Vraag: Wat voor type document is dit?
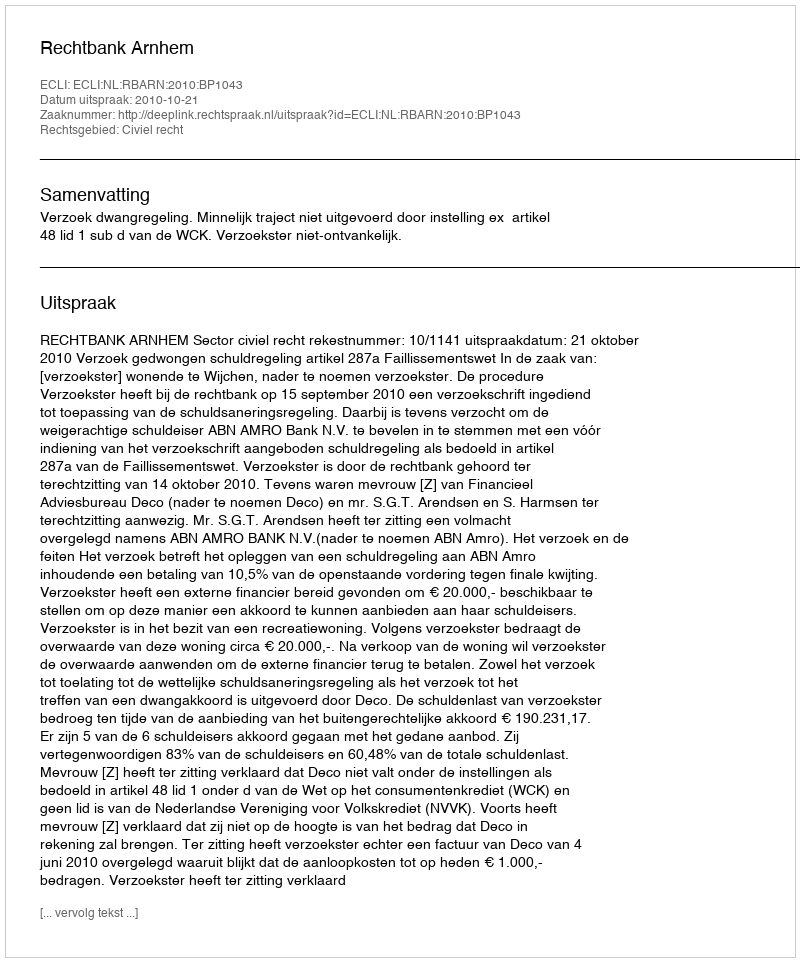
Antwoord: Uitspraak